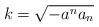
LaTeX: \begin{align*}k = \sqrt{ - a^na_n} \end{align*}